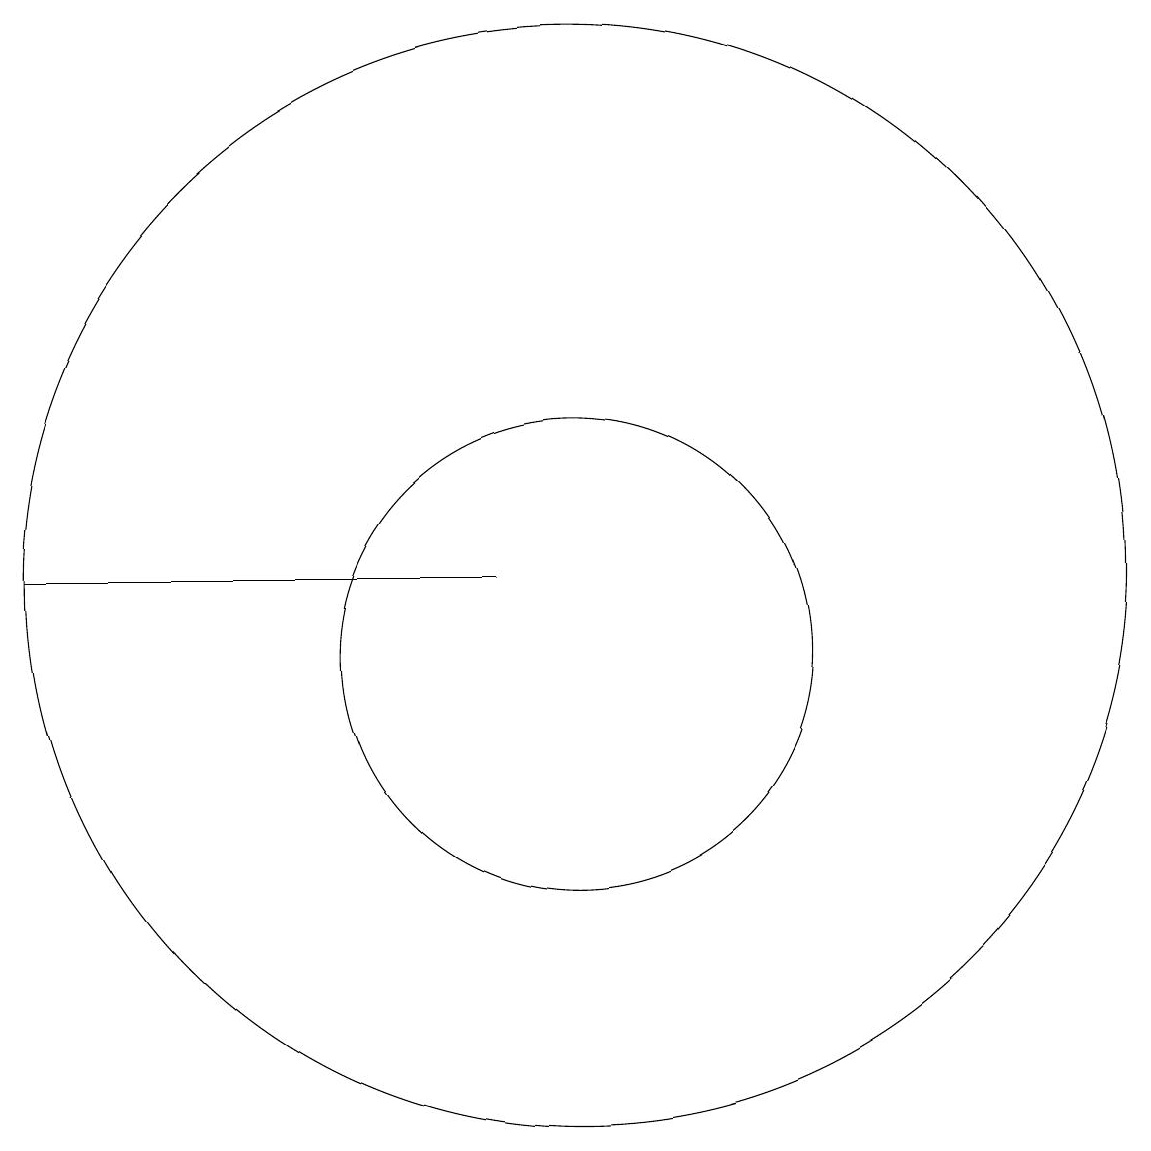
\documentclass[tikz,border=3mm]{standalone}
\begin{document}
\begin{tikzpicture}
\draw (10,11) circle (7);
\draw (10,10) circle (3);
\draw (3,11) rectangle (9,11);
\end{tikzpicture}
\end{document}